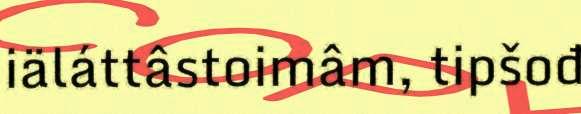
iäláttâstoimâm, tipšođ